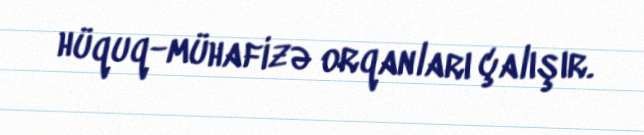
hüquq-mühafizə orqanları çalışır.